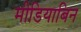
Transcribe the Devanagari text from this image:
मीडियाबिन